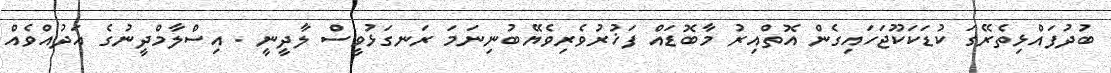
ބުދުފައްޅިތެރޭގަ ކުޑަކަކޫޖަހައިގެން އޮތްއިރު މާބޮޑައް ފަޚުރުވެރިވެޔޭބުނިނަމަ ރަނގަޅުވީސް ލާދީނީ . އިސްލާމްދީނުގެ އަދުއްވެއް